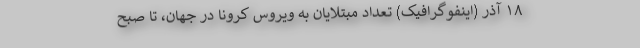
۱۸ آذر (اینفوگرافیک) تعداد مبتلایان به ویروس کرونا در جهان، تا صبح